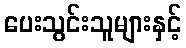
ပေးသွင်းသူများနှင့်